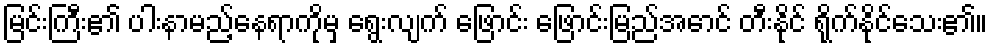
မြင်းကြီး၏ ပါးနာမည့်နေရာကိုမှ ရွေးလျက် ဖြောင်း ဖြောင်းမြည်အောင် တီးနိုင် ရိုက်နိုင်သေး၏။